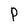
Character: P